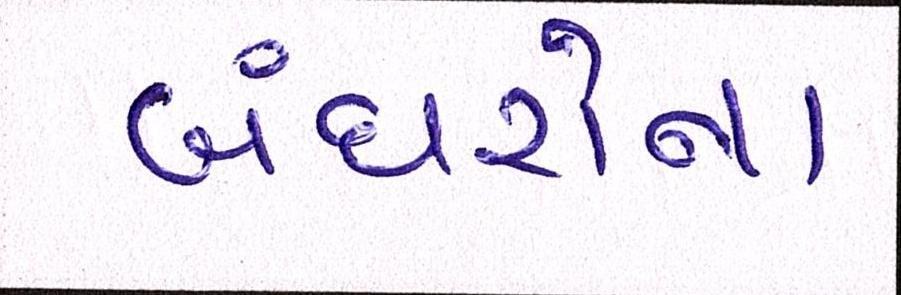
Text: બંદરોના